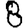
Digit: 8